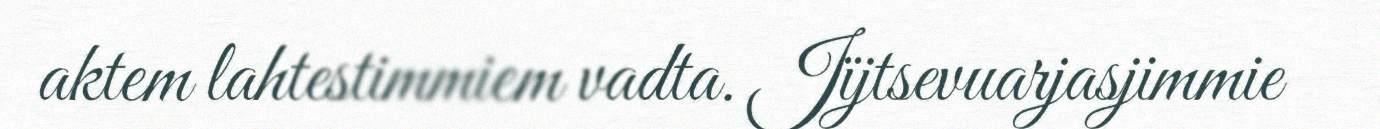
aktem lahtestimmiem vadta. Jïjtsevuarjasjimmie